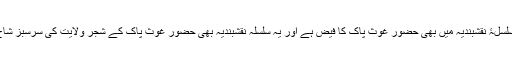
گویا سلسلۂ نقشبندیہ میں بھی حضور غوث پاک کا فیض ہے اور یہ سلسلہ نقشبندیہ بھی حضور غوثِ پاک کے شجرِ ولایت کی سرسبز شاخ ہے۔